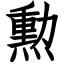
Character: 勲